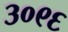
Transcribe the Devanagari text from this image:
३०९६